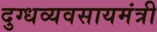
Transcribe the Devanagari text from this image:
दुग्धव्यवसायमंत्री